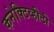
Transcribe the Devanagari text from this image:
कनेक्टिव्हीटी